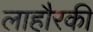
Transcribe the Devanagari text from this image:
लाहौरकी